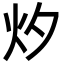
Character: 㶤